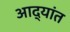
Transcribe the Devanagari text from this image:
आद्यांत